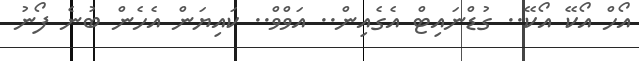
އޯހް އޯކޭ އޯކޭ.. ގުޑްނައިޓް އެގެއިން.. އަވްވް.. ކައިޔަން އެހެން ބުނެ ފޯނު